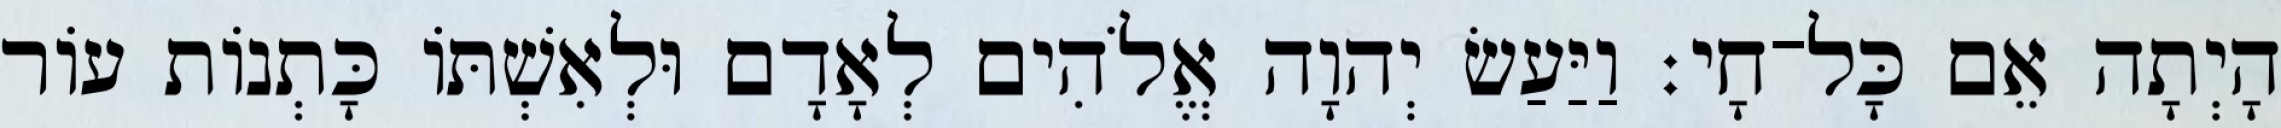
הָיְתָה אֵם כָּל־חָי׃ וַיַּעַשׂ יְהוָה אֱלֹהִים לְאָדָם וּלְאִשְׁתֹּו כָּתְנֹות עֹור